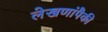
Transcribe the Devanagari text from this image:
लेखणांपैकी